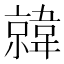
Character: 𫖎